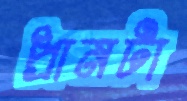
প্রানটা